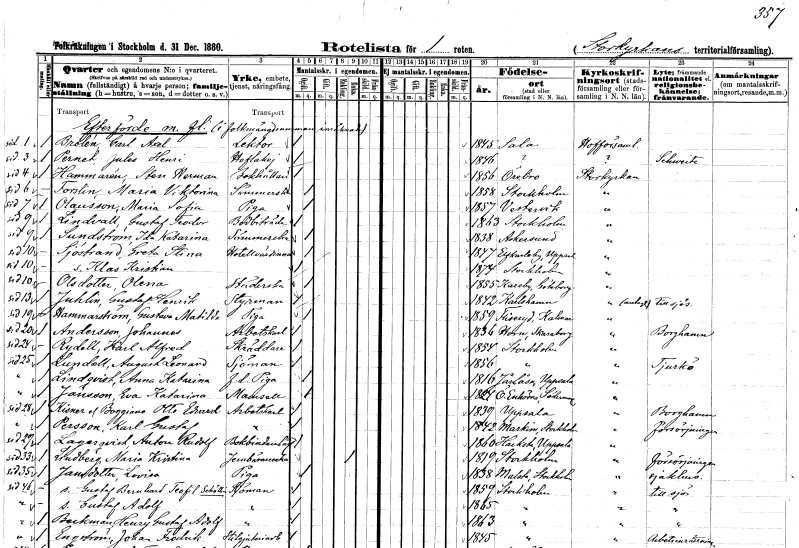
gt_parse: households: individuals: FN: Carl Axel
EN: Brolén
YRKE: Lektor
KON: M
CIV: O
FODAR: 1845
FODFORS: Sala Västmanlands län
FN: Jules Henri
EN: Pernet
YRKE: Hovlakej
KON: M
CIV: O
FODAR: 1846
FN: Sten Herman
EN: Hammarén
YRKE: Bokhållare
KON: M
CIV: O
FODAR: 1856
FODFORS: Örebro Örebro län
FN: Maria Viktorina
EN: Forslin
YRKE: Sömmerska
KON: K
CIV: O
FODAR: 1858
FODFORS: Stockholm
FN: Maria Sofia
EN: Olausson
YRKE: Piga
KON: K
CIV: O
FODAR: 1857
FODFORS: Västervik Kalmar län
FN: Gustaf Teodor
EN: Lindvall
YRKE: Bodbiträde
KON: M
CIV: O
FODAR: 1863
FODFORS: Stockholm
FN: Ida Katarina
EN: Sundström
YRKE: Sömmerska
KON: K
CIV: O
FODAR: 1838
FODFORS: Askersund Örebro län
FN: Greta Stina
EN: Sjöstrand
YRKE: Hotellvärdinna
KON: K
CIV: O
FODAR: 1847
FODFORS: Älvkarleby Uppsala län
FN: Klas Kristian
KON: M
CIV: O
FODAR: 1874
FODFORS: Stockholm
FN: Olena
EN: Olsdotter
YRKE: Städerska
KON: K
CIV: O
FODAR: 1855
FODFORS: Kareby Göteborgs- och Bohuslän
FN: Gustaf Henrik
EN: Juhlin
YRKE: Styrman
KON: M
CIV: O
FODAR: 1842
FODFORS: Karlshamn Blekinge län
FN: Gustava Matilda
EN: Hammarström
YRKE: Piga
KON: K
CIV: O
FODAR: 1859
FODFORS: Fliseryd Kalmar län
FN: Johannes
EN: Andersson
YRKE: Arbetskarl
KON: M
CIV: O
FODAR: 1836
FODFORS: Horn Skaraborgs län
FN: Karl Alfred
EN: Rydell
YRKE: Skräddare
KON: M
CIV: O
FODAR: 1854
FODFORS: Stockholm
FN: August Leonard
EN: Lundell
YRKE: Sjöman
KON: M
CIV: O
FODAR: 1856
FODFORS: Stockholm
FN: Anna Katarina
EN: Lindqvist
YRKE: Piga f.d.
KON: K
CIV: O
FODAR: 1816
FODFORS: Järlåsa Uppsala län
FN: Eva Katarina
EN: Jansson
KON: K
CIV: O
FODAR: 1824
FODFORS: Överenhörna Stockholms län
FN: Otto Edvard
EN: Kisner af Boggiano
YRKE: Arbetskarl
KON: M
CIV: O
FODAR: 1839
FODFORS: Uppsala Uppsala län
FN: Karl Gustaf
EN: Persson
YRKE: Arbetskarl
KON: M
CIV: O
FODAR: 1842
FODFORS: Markim Stockholms län
FN: Anton Rudolf
EN: Lagerqvist
YRKE: Bokbindarelärling
KON: M
CIV: O
FODAR: 1860
FODFORS: Hacksta Uppsala län
FN: Maria Kristina
EN: Lindberg
YRKE: Järnbärareänka
KON: K
CIV: E
FODAR: 1819
FODFORS: Stockholm
FN: Lovisa
EN: Jansdotter
YRKE: Piga
KON: K
CIV: O
FODAR: 1838
FODFORS: Malsta Stockholms län
FN: Gustaf Bernhard Teofil
EN: Schöllin
YRKE: Sjöman
KON: M
CIV: O
FODAR: 1859
FODFORS: Stockholm
FN: Gustaf Adolf
YRKE: Sjöman
KON: M
CIV: O
FODAR: 1865
FODFORS: Stockholm